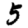
Digit: 5